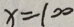
x = 1 0 0